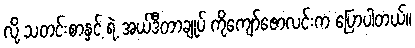
လို့ သတင်းစာနှင့် ရဲ့ အယ်ဒီတာချုပ် ကိုကျော်ဇောလင်းက ပြောပါတယ်။